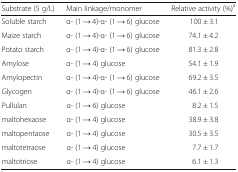
| Substrate (5 g/L) | Main linkage/monomer | Relative activity (%)a |
 | --- | --- | --- |
 | Soluble starch | α- (1 → 4)-α- (1 → 6) glucose | 100 ± 3.1 |
 | Maize starch | α- (1 → 4)-α- (1 → 6) glucose | 74.1 ± 4.2 |
 | Potato starch | α- (1 → 4)-α- (1 → 6) glucose | 81.3 ± 2.8 |
 | Amylose | α- (1 → 4) glucose | 54.1 ± 1.9 |
 | Amylopectin | α- (1 → 4)-α- (1 → 6) glucose | 69.2 ± 3.5 |
 | Glycogen | α- (1 → 4)-α- (1 → 6) glucose | 46.1 ± 2.6 |
 | Pullulan | α- (1 → 6) glucose | 8.2 ± 1.5 |
 | maltohexaose | α- (1 → 4) glucose | 38.9 ± 3.8 |
 | maltopentaose | α- (1 → 4) glucose | 30.5 ± 3.5 |
 | maltotetraose | α- (1 → 4) glucose | 7.7 ± 1.7 |
 | maltotriose | α- (1 → 4) glucose | 6.1 ± 1.3 |